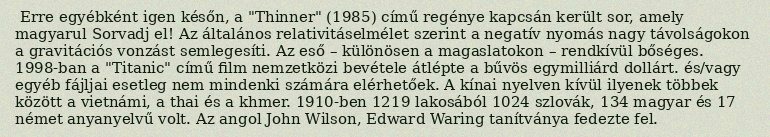
Erre egyébként igen későn, a "Thinner" (1985) című regénye kapcsán került sor, amely magyarul Sorvadj el! Az általános relativitáselmélet szerint a negatív nyomás nagy távolságokon a gravitációs vonzást semlegesíti. Az eső – különösen a magaslatokon – rendkívül bőséges. 1998-ban a "Titanic" című film nemzetközi bevétele átlépte a bűvös egymilliárd dollárt. és/vagy egyéb fájljai esetleg nem mindenki számára elérhetőek. A kínai nyelven kívül ilyenek többek között a vietnámi, a thai és a khmer. 1910-ben 1219 lakosából 1024 szlovák, 134 magyar és 17 német anyanyelvű volt. Az angol John Wilson, Edward Waring tanítványa fedezte fel.